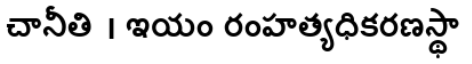
చానీతి । ఇయం రంహత్యధికరణస్థా